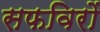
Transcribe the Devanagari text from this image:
सफविरों